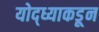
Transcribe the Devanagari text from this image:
योद्ध्याकडून